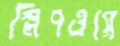
স্লিপওয়ে